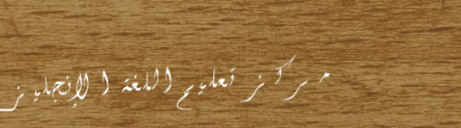
مركز تعليم اللغة الإنجليز